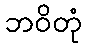
ဘဝိတုံ